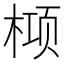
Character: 𬃛